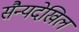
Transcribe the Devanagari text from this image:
सैन्यदेखिल